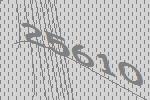
25610